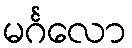
မင်္ဂလော